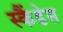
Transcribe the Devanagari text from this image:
स्कैंडेस